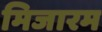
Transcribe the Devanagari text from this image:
मिजारम